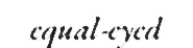
equal-eyed